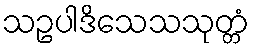
သဥပါဒိသေသသုတ္တံ